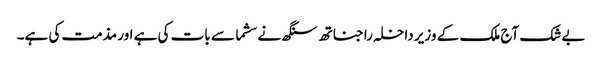
بے شک آج ملک کے وزیر داخلہ راجناتھ سنگھ نے سشما سے بات کی ہے اور مذمت کی ہے۔